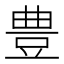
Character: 豊